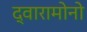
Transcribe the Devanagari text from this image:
द्वारामोनो